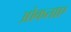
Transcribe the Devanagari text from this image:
ओकताए